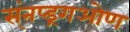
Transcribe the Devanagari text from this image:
स्ंनप्ड्रगओण